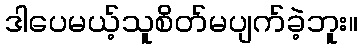
ဒါပေမယ့်သူစိတ်မပျက်ခဲ့ဘူး။